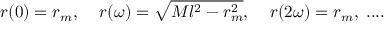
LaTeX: r ( 0 ) = r _ { m } , \; \; \; \; r ( \omega ) = \sqrt { M l ^ { 2 } - r _ { m } ^ { 2 } } , \; \; \; \; r ( 2 \omega ) = r _ { m } , \; . . . .